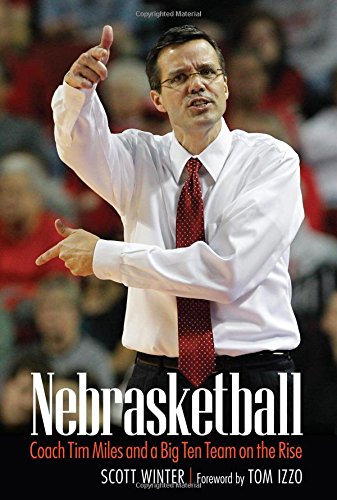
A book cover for Nebrasketball: Coach Tim Miles and a Big Ten Team on the Rise; Scott Winter; Biographies & Memoirs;